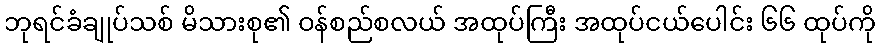
ဘုရင်ခံချုပ်သစ် မိသားစု၏ ဝန်စည်စလယ် အထုပ်ကြီး အထုပ်ငယ်ပေါင်း ၆၆ ထုပ်ကို